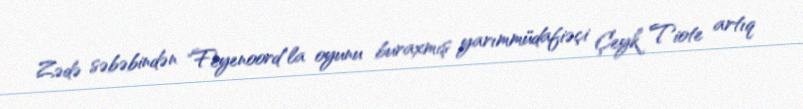
Zədə səbəbindən "Feyenoord"la oyunu buraxmış yarımmüdafiəçi Çeyk Tiote artıq